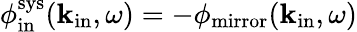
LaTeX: \phi_{\mathrm{in}}^{\mathrm{sys}}({\mathbf k}_{\mathrm{in}},\omega)=-\phi_{\mathrm{mirror}}({\mathbf k}_{\mathrm{in}},\omega)